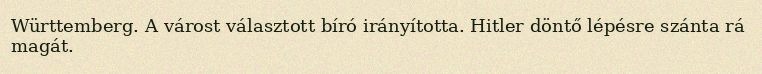
Württemberg. A várost választott bíró irányította. Hitler döntő lépésre szánta rá magát.